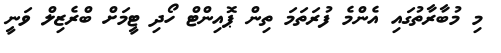
މި މުބާރާތުގައި އެންމެ ފުރަތަމަ ތިން ޕޮއިންޓް ހޯދި ޓީމަށް ބްރެޒިލް ވަނީ